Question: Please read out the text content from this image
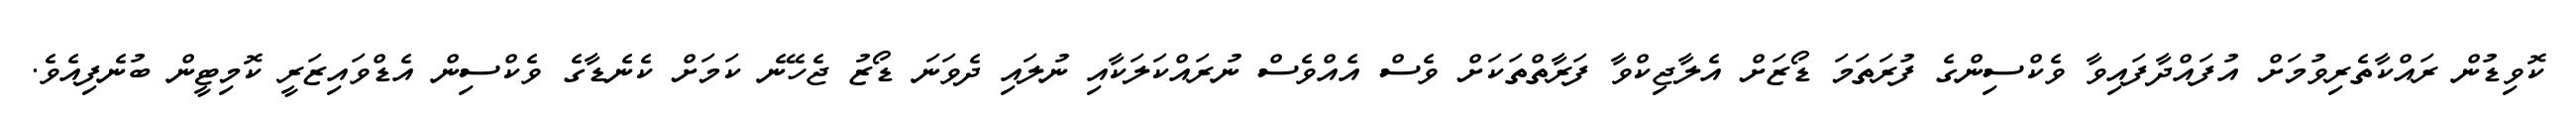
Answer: ކޮވިޑުން ރައްކާތެރިވުމަށް އުފައްދާފައިވާ ވެކްސިންގެ ފުރަތަމަ ޑޯޒަށް އެލާޖިކްވާ ފަރާތްތަކަށް ވެސް އެއްވެސް ނުރައްކަލަކާއި ނުލައި ދެވަނަ ޑޯޒު ޖެހޭނެ ކަމަށް ކެނެޑާގެ ވެކްސިން އެޑްވައިޒަރީ ކޮމިޓީން ބުނެފިއެވެ.